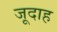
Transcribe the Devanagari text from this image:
जूदाह